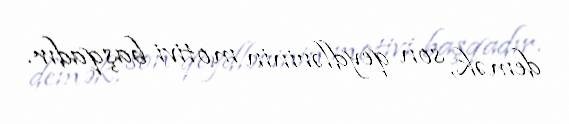
demək, son qeydlərinin motivi başqadır.